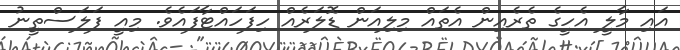
އައި މާލީ އެހީގެ ތެރެއިން އެތައް މިލިއަން ޑޮލަރެއް ހިފަހައްޓާފައެވެ. މިއީ ފަލަސްތީނު